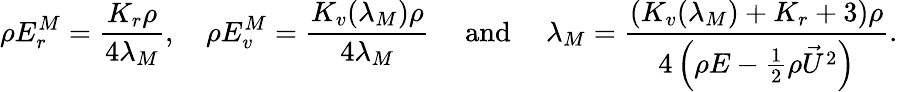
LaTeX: \rho E_{r}^{M}=\frac{K_{r}\rho}{4\lambda_{M}},\quad\rho E_{v}^{M}=\frac{K_{v}(\lambda_{M})\rho}{4\lambda_{M}}\quad{\mathrm{~and~}}\quad{\lambda_{M}}=\frac{\left(K_{v}(\lambda_{M})+K_{r}+3\right)\rho}{4\left(\rho E-\frac{1}{2}\rho{\vec{U}}^{2}\right)}.